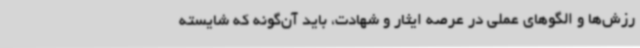
رزش‌ها و الگوهای عملی در عرصه ایثار و شهادت، باید آن‌گونه که شایسته